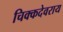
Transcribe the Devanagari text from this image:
चिक्कदेवराय